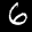
Label: 6